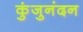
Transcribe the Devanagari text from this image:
कुंजुनंदन